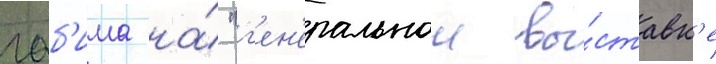
габ'има на́ "г'ен'еральнои вы́ставк'е